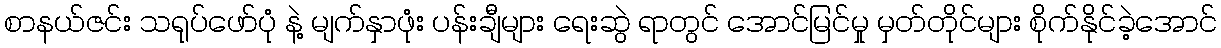
စာနယ်ဇင်း သရုပ်ဖော်ပုံ နဲ့ မျက်နှာဖုံး ပန်းချီများ ရေးဆွဲ ရာတွင် အောင်မြင်မှု မှတ်တိုင်များ စိုက်နိုင်ခဲ့အောင်